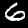
Label: 6